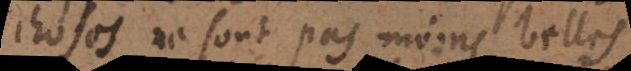
choses ne sont pas moins belles